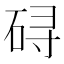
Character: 𱳾